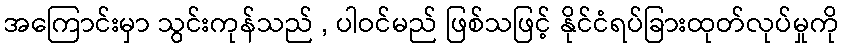
အကြောင်းမှာ သွင်းကုန်သည် , ပါဝင်မည် ဖြစ်သဖြင့် နိုင်ငံရပ်ခြားထုတ်လုပ်မှုကို